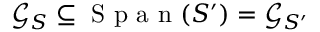
\mathcal G _ { S } \subseteq \mathrm { ~ S ~ p ~ a ~ n ~ } ( S ^ { \prime } ) = \mathcal G _ { S ^ { \prime } }